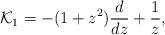
LaTeX: \begin{align*}{\cal K}_1= -(1+z^2) {d \over dz} +{1 \over z},\end{align*}